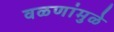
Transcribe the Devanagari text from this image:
वळणांमुळे